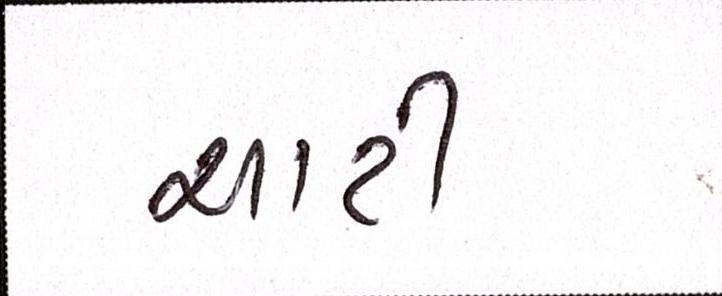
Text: ચાટી